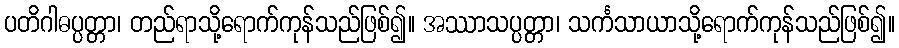
ပတိဂါဓပ္ပတ္တာ၊ တည်ရာသို့ရောက်ကုန်သည်ဖြစ်၍။ အဿာသပ္ပတ္တာ၊ သင်္ကသာယာသို့ရောက်ကုန်သည်ဖြစ်၍။